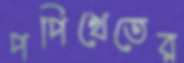
পপিখেতের